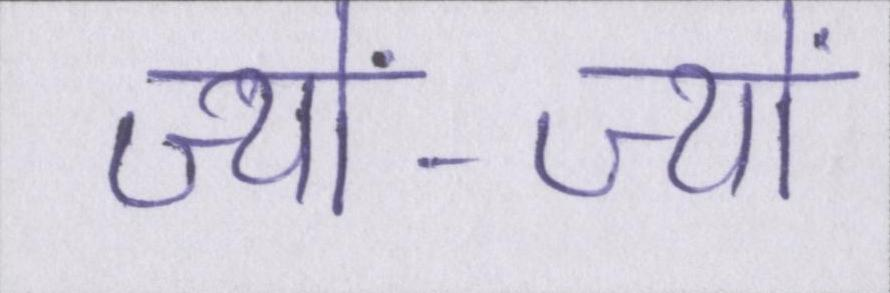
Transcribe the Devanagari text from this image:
ज्यों-ज्यों